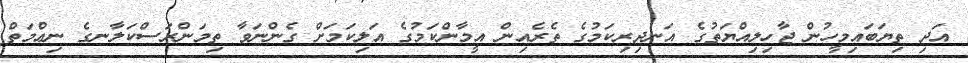
އަދި ތިޔަބައިމީހުން ޖާހިލިއްޔަތުގެ އަނދިރިކަމުގެ ތެރެއިން އީމާންކަމުގެ އަލިކަމަށް ގެންނަވާ ތިމަންރަސްކަލާނގެ ނިޢްމަތް